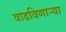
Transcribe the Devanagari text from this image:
वाढविणाऱ्या